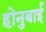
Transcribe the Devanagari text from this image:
होनुबाई